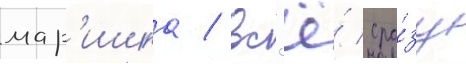
мар'ишка / вс'ё́ сра́зу